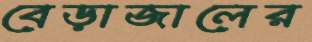
বেড়াজালের